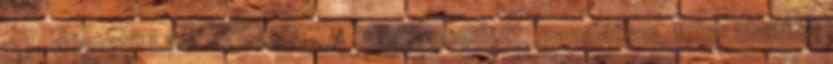
– T. Németh László írása. „A megüresedett, gazdátlan, felszabadult